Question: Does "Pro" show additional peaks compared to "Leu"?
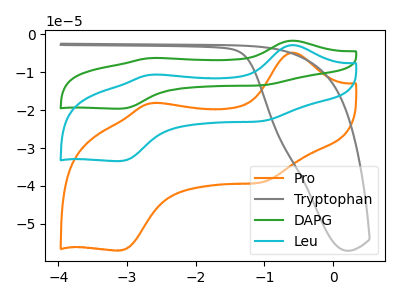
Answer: <think>The orange curve "Pro" has anodic peaks at (-0.60V, -4.80uA) (-2.65V, -18.15uA) and cathodic peaks at (-1.05V, -39.05uA) (-3.10V, -57.00uA). The gray curve "Tryptophan" has no peaks. The green curve "DAPG" has anodic peaks at (-0.60V, -5.65uA) (-2.65V, -21.30uA) and cathodic peaks at (-1.05V, -45.75uA) (-3.10V, -66.85uA). The cyan curve "Leu" has anodic peaks at (-0.60V, -2.80uA) (-2.65V, -10.65uA) and cathodic peaks at (-1.05V, -22.90uA) (-3.10V, -33.45uA).
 All the peaks in "Pro" have a peak in "Leu" at the same potential.</think>
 <answer>No, "Pro" and "Leu" don't appear to be significantly different in shape</answer>
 <eval>no_change</eval>